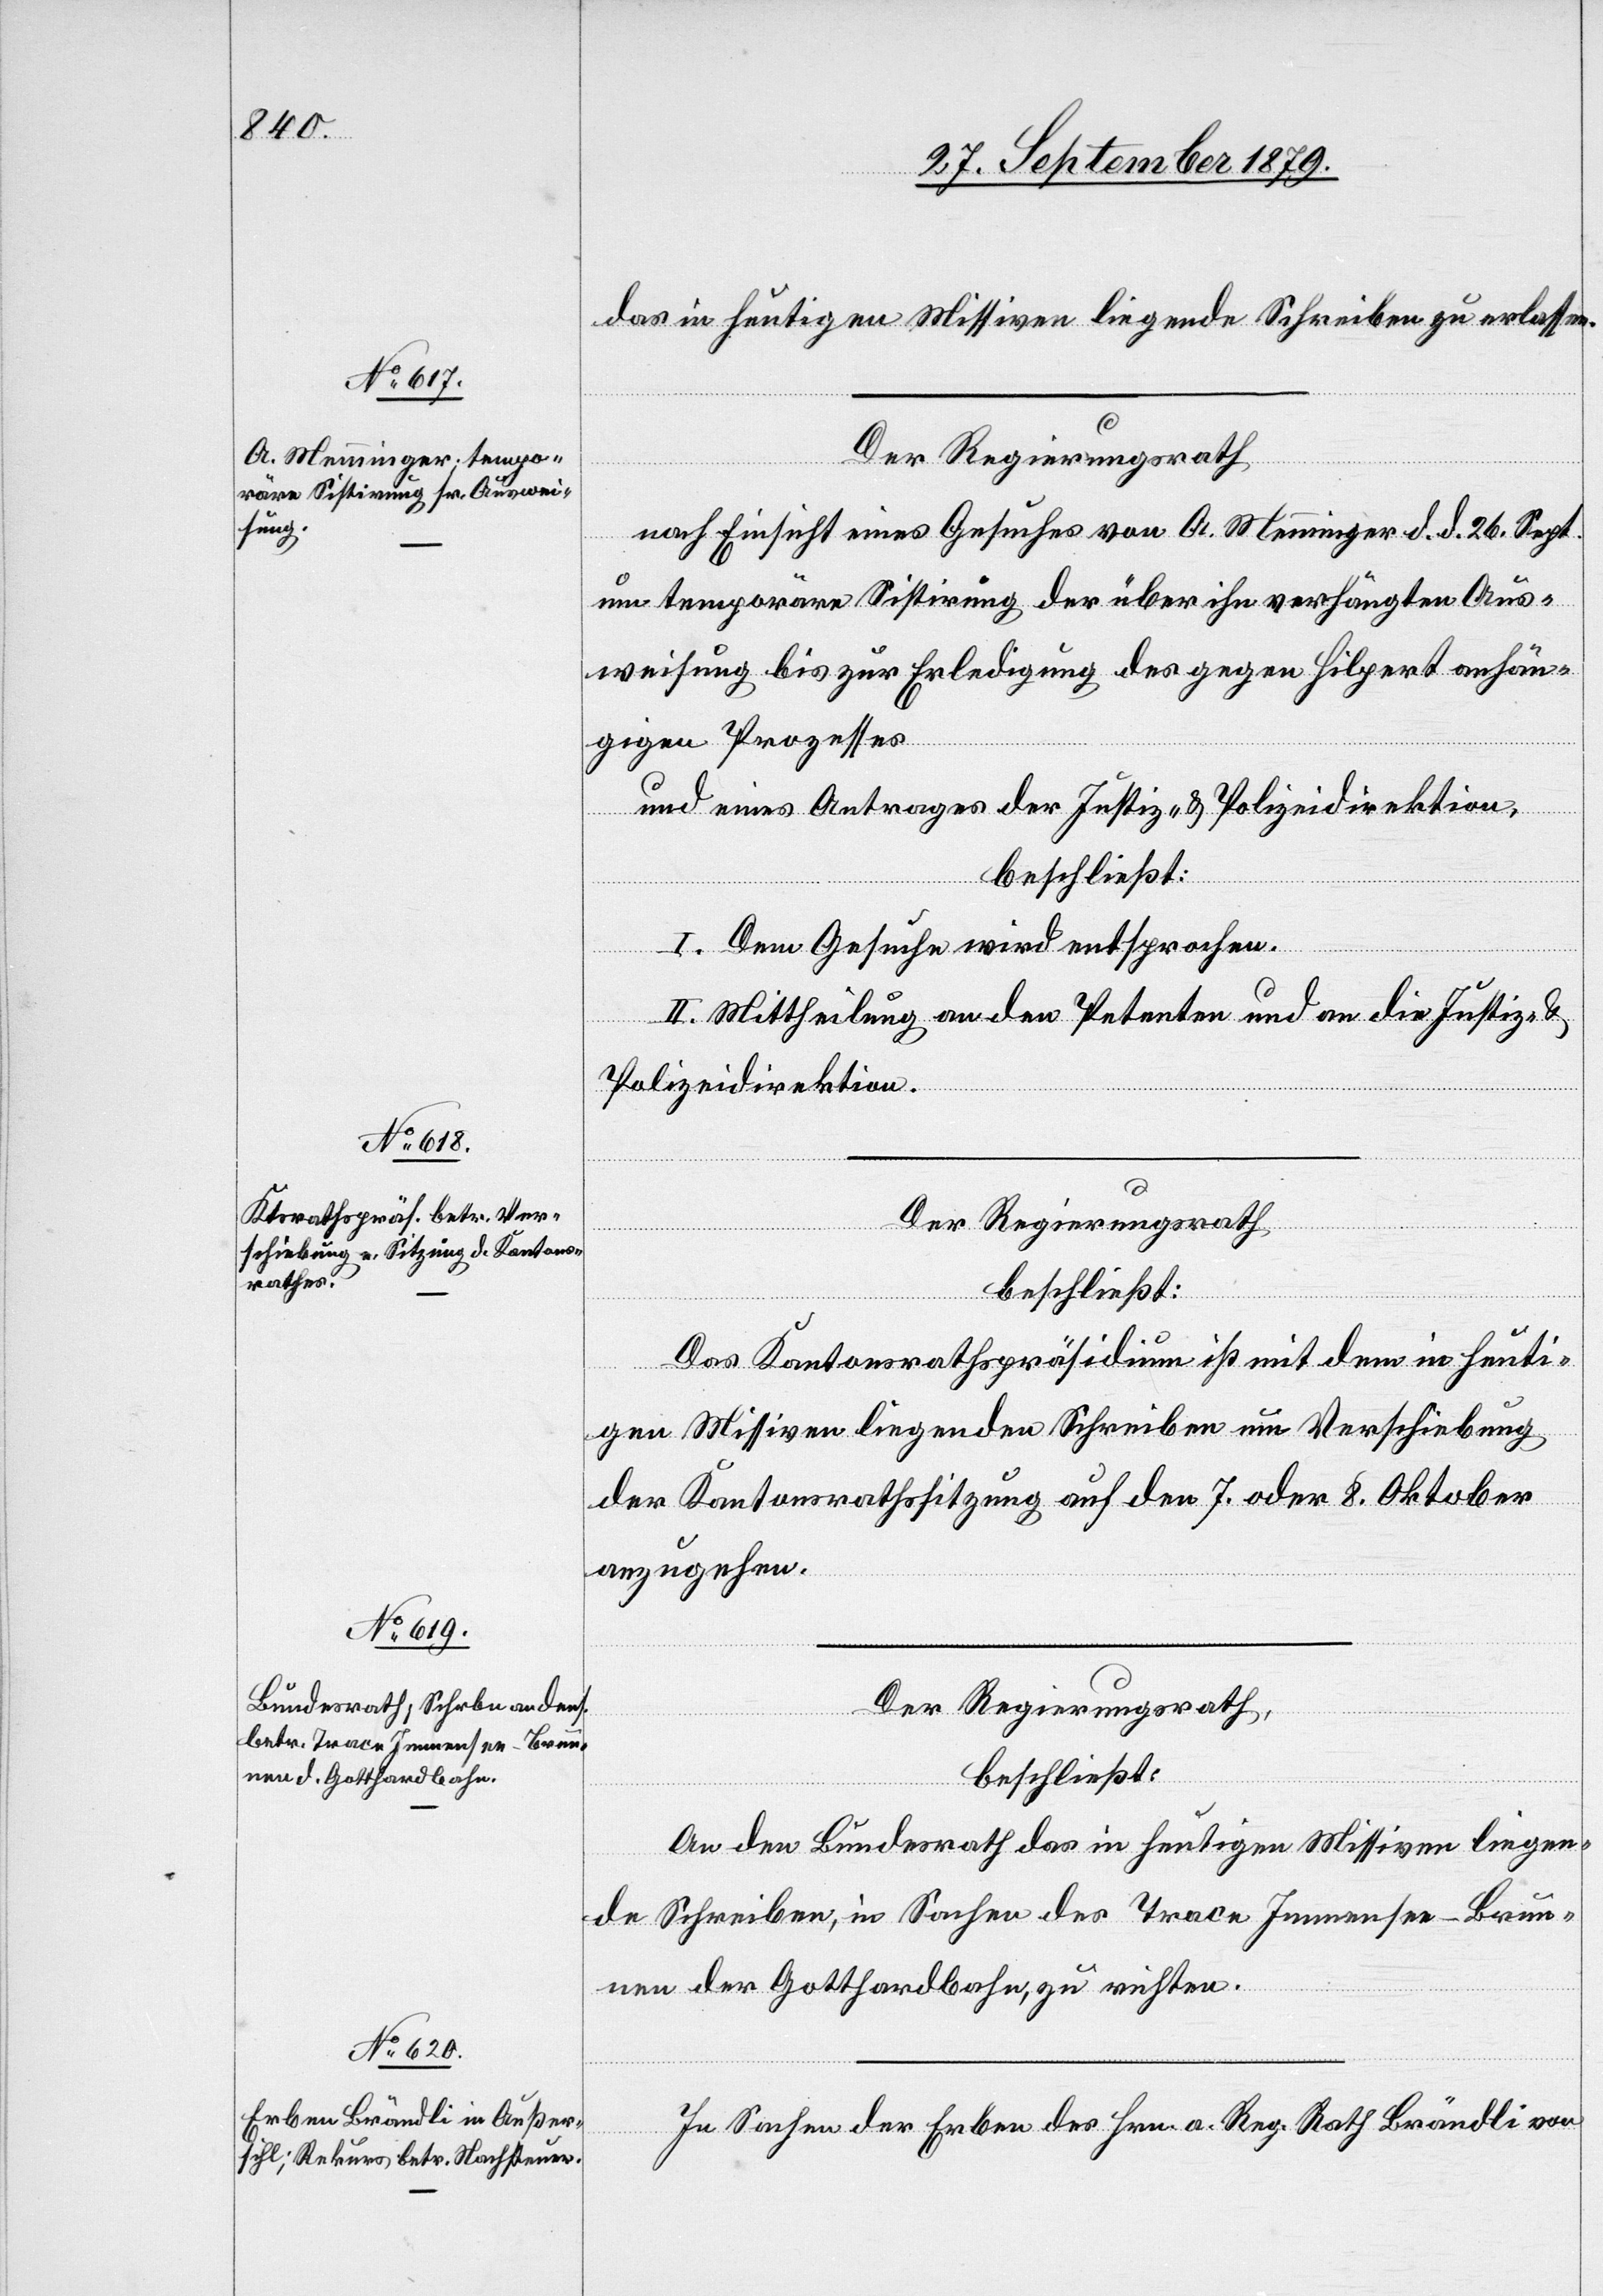
das in heutigen Missiven liegende Schreiben zu erlassen.
Der Regierungsrath
nach Einsicht eines Gesuches von A. Menninger d. d. 26. Sept.
um temporäre Sistirung der über ihn verhängten Aus¬
weisung bis zur Erledigung des gegen Hilpert anhän¬
gigen Prozesses
und eines Antrages der Justiz- & Polizeidirektion,
beschließt:
I. Dem Gesuche wird entsprochen.
II. Mittheilung an den Petenten und an die Justiz- &
Polizeidirektion.
Der Regierungsrath
beschließt:
Das Kantonsrathspräsidium ist mit dem in heuti¬
gen Missiven liegenden Schreiben um Verschiebung
der Kantonsrathssitzung auf den 7. oder 8. Oktober
anzugehen.
Der Regierungsrath
beschließt:
An den Bundesrath das in heutigen Missiven liegen¬
de Schreiben, in Sachen des Trace Immensee–Brun¬
nen der Gotthardbahn, zu richten.
In Sachen der Erben des Hrn. a. Reg. Rath Brändli von